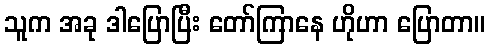
သူက အခု ဒါပြောပြီး တော်ကြာနေ ဟိုဟာ ပြောတာ။